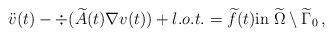
LaTeX: \begin{align*}\ddot{v}(t) - \div (\widetilde{A} (t) \nabla v(t)) + l.o.t. = \widetilde{f}(t) \hbox{in }\widetilde\Omega \setminus \widetilde{\Gamma}_0\,,\end{align*}